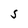
Character: S